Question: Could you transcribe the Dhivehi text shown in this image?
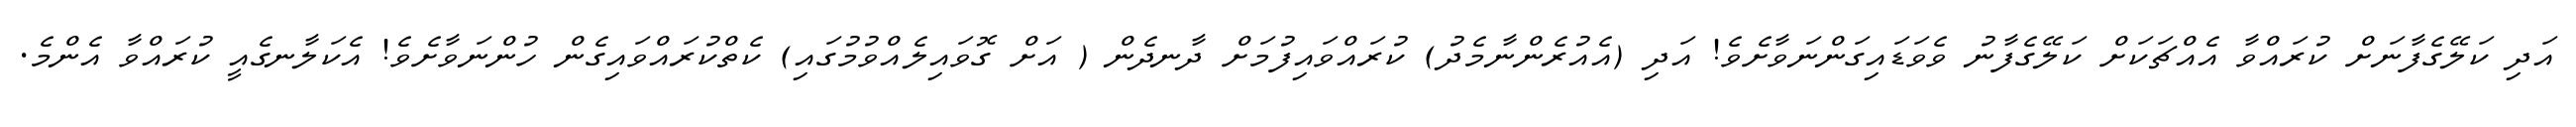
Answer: އަދި ކަލޭގެފާނަށް ކުރައްވާ އެއްޗަކަށް ކަލޭގެފާނު ވެވަޑައިގަންނަވާށެވެ! އަދި (އެއުރެންނާމެދު) ކުރައްވައިފުމަށް ދާނދެން ( އަށް ގޮވައިލެއްވުމުގައި) ކެތްކުރައްވައިގެން ހުންނަވާށެވެ! އެކަލާނގެއީ ކުރައްވާ އެންމެ.